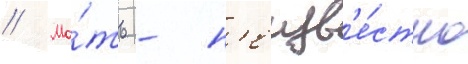
// Ма́ть - н'еизв'е́стно